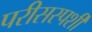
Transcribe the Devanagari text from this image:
परीसस्पर्शी